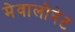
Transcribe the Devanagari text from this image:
मेवालोनेट